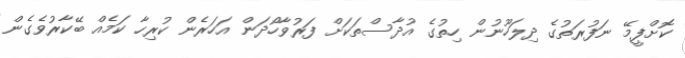
ކޮށްފީމޭ ނަފުރަތުގެ ދިލަހޫނުން ހިތުގެ އުދާސްތަކަށް ފަރުވާހޯދަން އަހަރެން ކުރިހާ ކަމެއް ބޭކާރުވެގެން